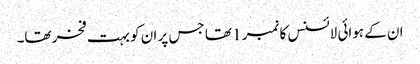
ان کے ہوائی لائسنس کا نمبر 1 تھا جس پر ان کو بہت فخر تھا۔